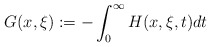
\begin{align*} G(x,\xi) := -\int_{0}^{\infty}H(x,\xi,t) dt \end{align*}